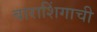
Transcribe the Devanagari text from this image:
बाराशिंगाची